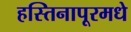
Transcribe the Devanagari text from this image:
हस्तिनापूरमधे